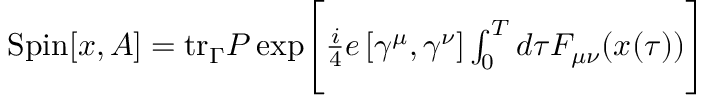
\begin{array} { r } { \mathrm { S p i n } [ x , A ] = \mathrm { t r } _ { \Gamma } { \cal P } \exp \Biggl [ { { \frac { i } { 4 } } e \, [ \gamma ^ { \mu } , \gamma ^ { \nu } ] \int _ { 0 } ^ { T } d \tau F _ { \mu \nu } ( x ( \tau ) ) } \Biggr ] } \end{array}